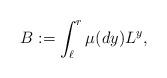
LaTeX: \begin{align*}B:=\int_{\ell}^r\mu(dy)L^y,\end{align*}